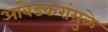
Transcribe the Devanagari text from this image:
आंबेडकरांमुळे